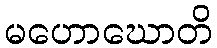
မဟောဃောတိ